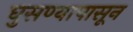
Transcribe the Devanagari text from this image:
घुसण्यापासून